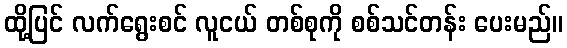
ထို့ပြင် လက်ရွေးစင် လူငယ် တစ်စုကို စစ်သင်တန်း ပေးမည်။